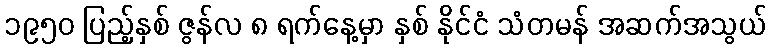
၁၉၅၀ ပြည့်နှစ် ဇွန်လ ၈ ရက်နေ့မှာ နှစ် နိုင်ငံ သံတမန် အဆက်အသွယ်